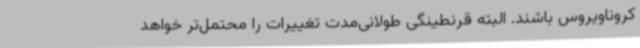
کروناویروس باشند. البته قرنطینگی طولانی‌مدت تغییرات را محتمل‌تر خواهد